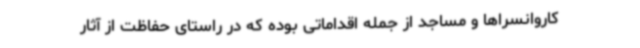
کاروانسراها و مساجد از جمله اقداماتی بوده که در راستای حفاظت از آثار